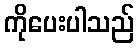
ကိုပေးပါသည်